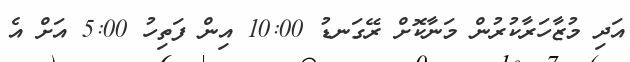
އަދި މުޒާހަރާކުރުން މަނާކޮށް ރޭގަނޑު 10:00 އިން ފަތިހު 5:00 އަށް އެ